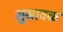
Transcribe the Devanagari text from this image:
सुश्रावक